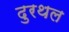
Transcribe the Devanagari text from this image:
दुरथल